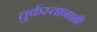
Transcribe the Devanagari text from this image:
तुर्कस्तानाशी